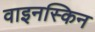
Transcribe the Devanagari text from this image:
वाइनस्किन